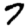
Digit: 7